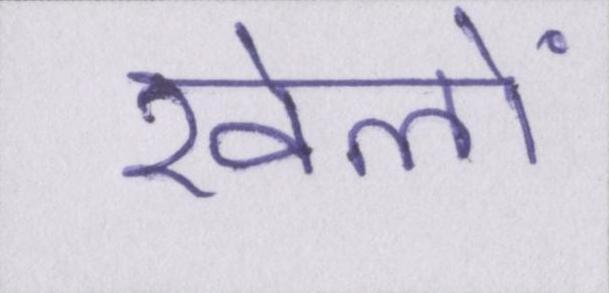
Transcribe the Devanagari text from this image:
खेलों